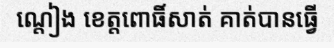
ណ្តៀង ខេត្តពោធិ៍សាត់ គាត់បានធ្វើ